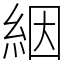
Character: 絪